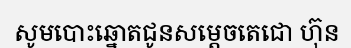
សូមបោះឆ្នោតជូនសម្តេចតេជោ ហ៊ុន